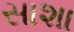
સાશા